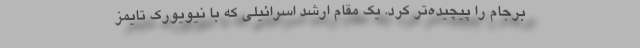
برجام را پیچیده‌تر کرد. یک مقام ارشد اسرائیلی که با نیویورک تایمز